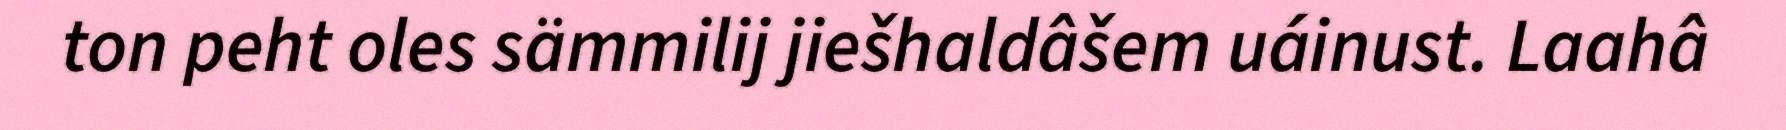
ton peht oles sämmilij jiešhaldâšem uáinust. Laahâ